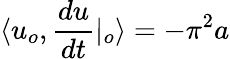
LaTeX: \langle u_{o},\frac{du}{dt}|_{o}\rangle=-\pi^{2}a